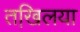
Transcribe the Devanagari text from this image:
तखि़लया